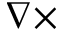
\nabla \times